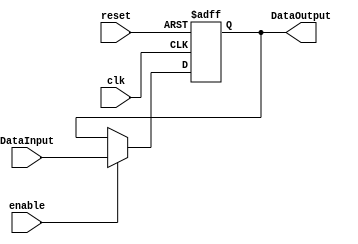
/******************************************************************
* Description
*	This the basic register that is used in the register file
*	1.0
* Author:
*	Dr. Jos Luis Pizano Escalante
* email:
*	luispizano@iteso.mx
* Date:
*	01/03/2014
******************************************************************/
module Register
#(
	parameter N=32
)
(
	input clk,
	input reset,
	input enable,
	input  [N-1:0] DataInput,
	
	
	output reg [N-1:0] DataOutput
);

always@(negedge reset or negedge clk) begin
	if(reset==0)
		DataOutput <= 0;
	else	
		if(enable==1)
			DataOutput<=DataInput;
end

endmodule
//register